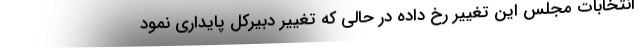
انتخابات مجلس این تغییر رخ داده در حالی که تغییر دبیرکل پایداری نمود